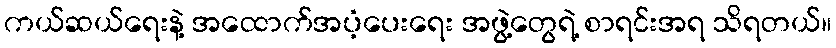
ကယ်ဆယ်ရေးနဲ့ အထောက်အပံ့ပေးရေး အဖွဲ့တွေရဲ့ စာရင်းအရ သိရတယ်။